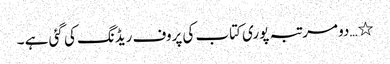
٭…دو مرتبہ پوری کتاب کی پروف ریڈنگ کی گئی ہے ۔